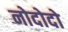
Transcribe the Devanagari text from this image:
नोदोदो